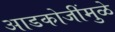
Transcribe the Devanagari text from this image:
आडकोजींमुळे